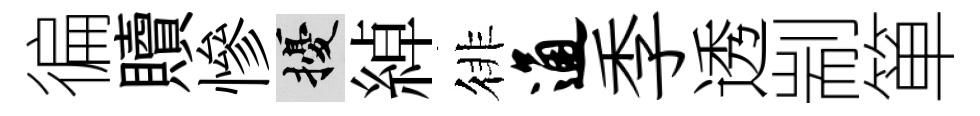
徧贖慘擾綽徘通季透剬箪